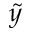
\tilde { y }